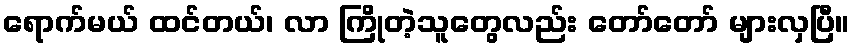
ရောက်မယ် ထင်တယ်၊ လာ ကြိုတဲ့သူတွေလည်း တော်တော် များလှပြီ။